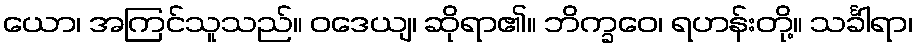
ယော၊ အကြင်သူသည်။ ဝဒေယျ၊ ဆိုရာ၏။ ဘိက္ခဝေ၊ ရဟန်းတို့။ သင်္ခါရာ၊